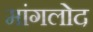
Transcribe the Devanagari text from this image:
मांगलोद